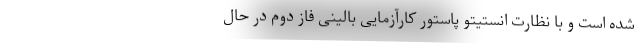
شده است و با نظارت انستیتو پاستور کارآزمایی بالینی فاز دوم در حال